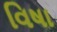
વિષા